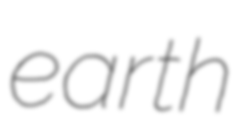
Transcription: earth